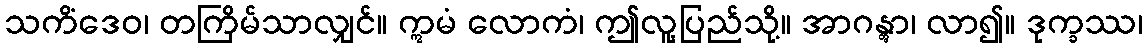
သကိံဒေဝ၊ တကြိမ်သာလျှင်။ ဣမံ လောကံ၊ ဤလူ့ပြည်သို့။ အာဂန္တွာ၊ လာ၍။ ဒုက္ခဿ၊